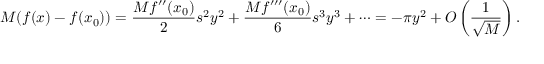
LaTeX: M ( f ( x ) - f ( x _ { 0 } ) ) = { \frac { M f ^ { \prime \prime } ( x _ { 0 } ) } { 2 } } s ^ { 2 } y ^ { 2 } + { \frac { M f ^ { \prime \prime \prime } ( x _ { 0 } ) } { 6 } } s ^ { 3 } y ^ { 3 } + \cdots = - \pi y ^ { 2 } + O \left( { \frac { 1 } { \sqrt { M } } } \right) .